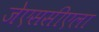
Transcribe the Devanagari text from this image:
जेएससीएला